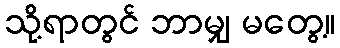
သို့ရာတွင် ဘာမျှ မတွေ့။